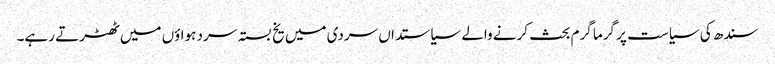
سندھ کی سیاست پر گرما گرم بحث کرنے والے سیاستداں سردی میں یخ بستہ سرد ہواؤں میں ٹھٹرتے رہے۔